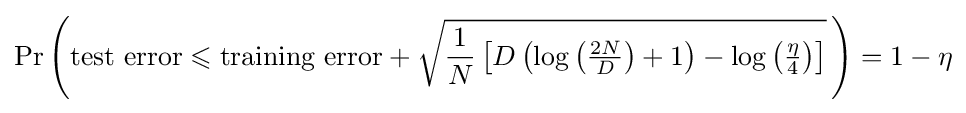
\Pr \left({\text{test error}}\leqslant {\text{training error}}+{\sqrt {{\frac {1}{N}}\left[D\left(\log \left({\tfrac {2N}{D}}\right)+1\right)-\log \left({\tfrac {\eta }{4}}\right)\right]}}\,\right)=1-\eta